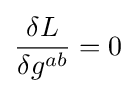
{\frac {\delta L}{\delta g^{ab}}}=0